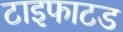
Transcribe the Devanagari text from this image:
टाइफाटड